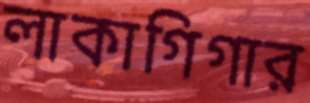
লাকাগিগার